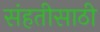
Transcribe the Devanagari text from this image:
संहतीसाठी